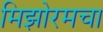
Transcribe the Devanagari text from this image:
मिझोरमचा